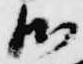
御